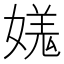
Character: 𡠎